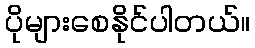
ပိုများစေနိုင်ပါတယ်။